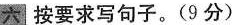
六按要求写句子。(9分)